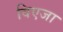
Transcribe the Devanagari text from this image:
विएजा